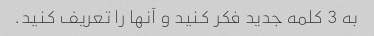
به 3 کلمه جدید فکر کنید و آنها را تعریف کنید.